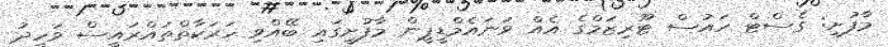
މާފުށި: ގެސްޓް ހައުސް ޓޫރިޒަމްގެ އެއް ވަނައެމްޑީޕީން މާފުށީގައި ބޭއްވި ހަރަކާތްތައްރައީސް ވަހީދު